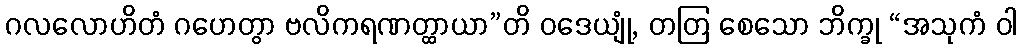
ဂလလောဟိတံ ဂဟေတွာ ဗလိကရဏတ္ထာယာ”တိ ဝဒေယျုံ, တတြ စေသော ဘိက္ခု “အသုကံ ဝါ